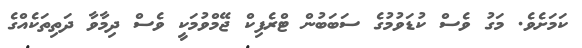
ކަމަށެވެ. މަގު ވެސް ކުޑަވުމުގެ ސަބަބުން ޓްރެފިކް ޖޭމްވުމަކީ ވެސް ދިމާވާ ދަތިތަކެއްގެ